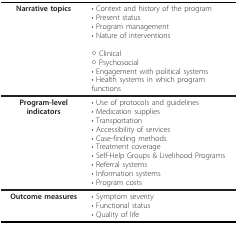
<table><thead><tr><td><b>Narrative topics</b></td><td><b>• Context and history of the program• Present status• Program management• Nature of interventions○ Clinical○ Psychosocial• Engagement with political systems• Health systems in which program functions</b></td></tr></thead><tbody><tr><td><b>Program-level indicators</b></td><td>• Use of protocols and guidelines• Medication supplies• Transportation• Accessibility of services• Case-finding methods• Treatment coverage• Self-Help Groups &amp; Livelihood Programs• Referral systems• Information systems• Program costs</td></tr><tr><td><b>Outcome measures</b></td><td>• Symptom severity• Functional status• Quality of life</td></tr></tbody></table>